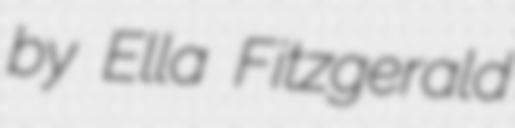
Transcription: by Ella Fitzgerald